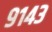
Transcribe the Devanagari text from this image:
९१४३